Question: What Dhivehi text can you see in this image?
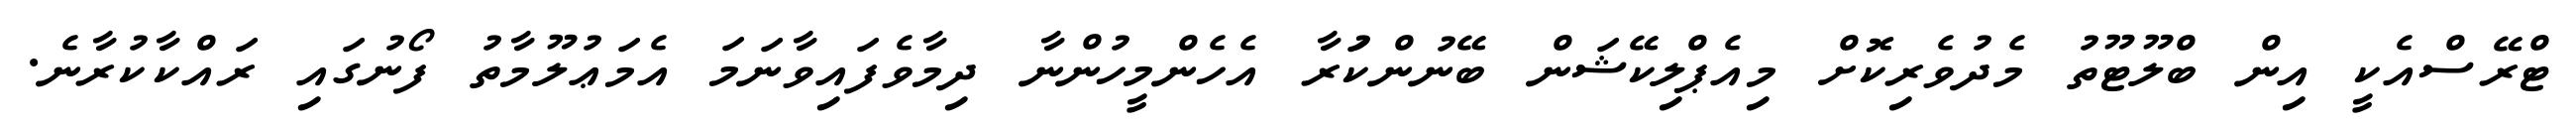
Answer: ޓްރޭސްއެކީ އިން ބްލޫޓޫތު މެދުވެރިކޮށް މިއެޕްލިކޭޝަން ބޭނުންކުަރާ އެހެންމީހުންނާ ދިމާވެފައިވާނަމަ އެމަޢުލޫމާތު ފޯނުގައި ރައްކާކުރާނެ.